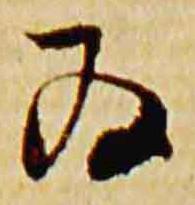
為